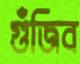
গুঁজিব